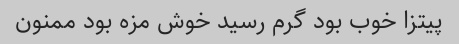
پیتزا خوب بود گرم رسید خوش مزه بود ممنون